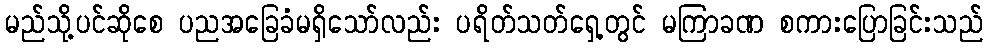
မည်သို့ပင်ဆိုစေ ပညအခြေခံမရှိသော်လည်း ပရိတ်သတ်ရှေ့တွင် မကြာခဏ စကားပြောခြင်းသည်